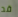
قد